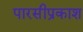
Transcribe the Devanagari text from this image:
पारसीप्रकाश